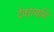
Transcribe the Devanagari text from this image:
देवशयनि